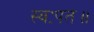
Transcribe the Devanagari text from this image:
स्वःपत॥